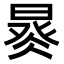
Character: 𣈩